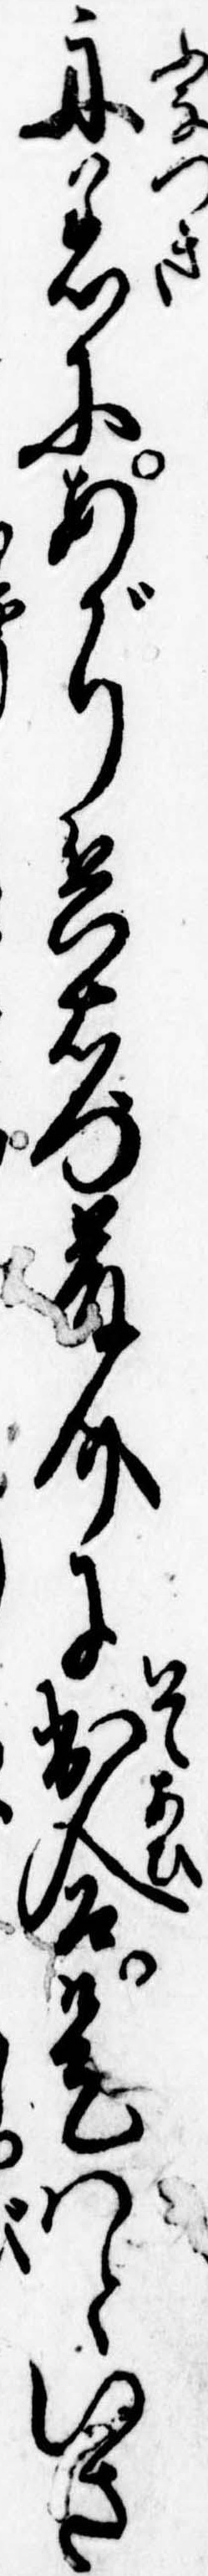
舟着にあがり兵右門藤介に出合是はといさ